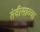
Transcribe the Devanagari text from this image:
तेवीसाव्‍या